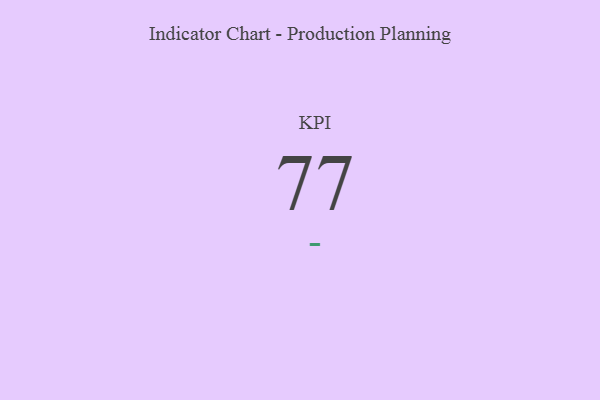
{"axis": {"x": "KPI", "y": "Value"}, "legend": [""], "data": [{"x": "KPI", "y": 77, "type": ""}]}